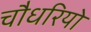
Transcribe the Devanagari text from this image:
चौधरियो